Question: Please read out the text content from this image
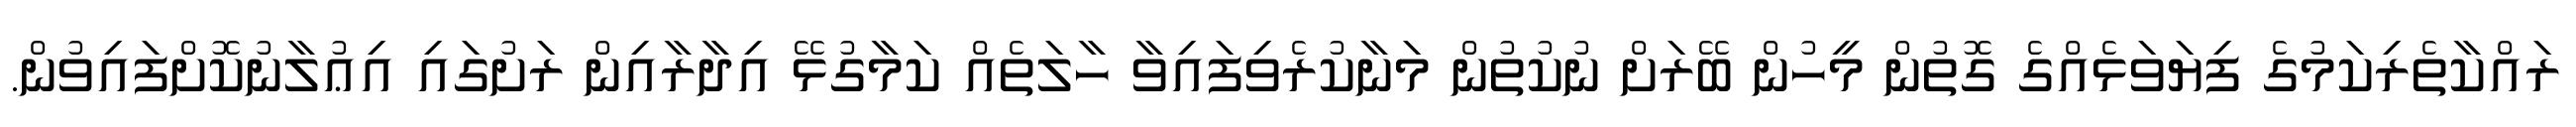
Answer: ރައްކާތެރިކަމުގެ ފިޔަވަޅެއްގެ ގޮތުން މީހުން ބޭރަށް ނުކުތުން މަނާކުރެވިފައިވާ ހާލަތެއް ކަމާގުޅޭ އިދާރާއިން ރަށުގައި އިޢުލާނުކޮށްފައިވުން.